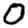
Digit: 0